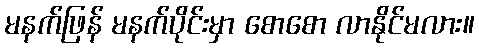
မနက်ဖြန် မနက်ပိုင်းမှာ စောစော လာနိုင်မလား။